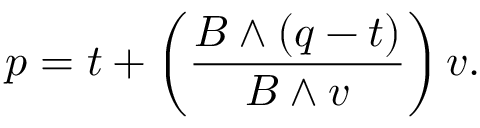
p = t + \left( { \frac { B \wedge ( q - t ) } { B \wedge v } } \right) v .